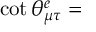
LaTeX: \cot \theta _ { \mu \tau } ^ { e } =